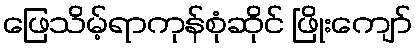
ဖြေသိမ့်ရာကုန်စုံဆိုင် ဖြိုးကျော်